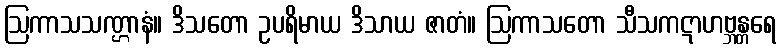
ဩကာသသဏ္ဌာနံ။ ဒိသတော ဥပရိမာယ ဒိသာယ ဇာတံ။ ဩကာသတော သီသကဋာဟဗ္ဘန္တရေ